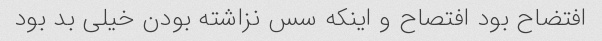
افتضاح بود افتصاح و اینکه سس نزاشته بودن خیلی بد بود